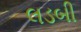
લડબી